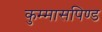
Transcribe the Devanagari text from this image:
कुम्मासपिण्ड